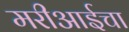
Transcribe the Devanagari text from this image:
मरीआईचा